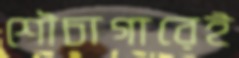
শৌচাগারেই